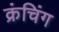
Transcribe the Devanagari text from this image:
क्रंचिंग